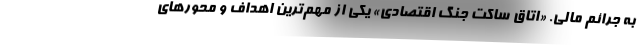
به جرائم مالی. «اتاق ساکت جنگ اقتصادی» یکی از مهم‌ترین اهداف و محورهای